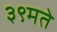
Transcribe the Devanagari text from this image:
३९मते